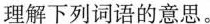
理解下列词语的意思。